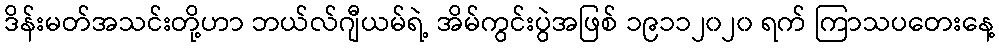
ဒိန်းမတ်အသင်းတို့ဟာ ဘယ်လ်ဂျီယမ်ရဲ့ အိမ်ကွင်းပွဲအဖြစ် ၁၉၁၁၂၀၂၀ ရက် ကြာသပတေးနေ့